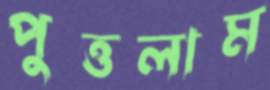
পুত্তলাম